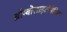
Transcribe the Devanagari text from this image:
थ्रॉम्बोसाइटोपेनिक